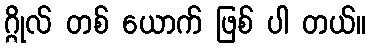
ဂ္ဂိုလ် တစ် ယောက် ဖြစ် ပါ တယ်။